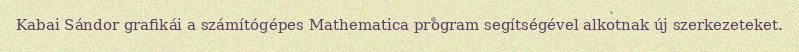
Kabai Sándor grafikái a számítógépes Mathematica program segítségével alkotnak új szerkezeteket.